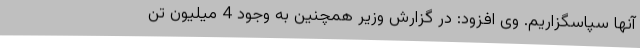
آنها سپاسگزاریم. وی افزود: در گزارش وزیر همچنین به وجود 4 میلیون تن